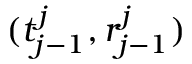
( t _ { j - 1 } ^ { j } , r _ { j - 1 } ^ { j } )